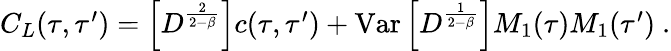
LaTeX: \begin{array}{r}{C_{L}(\tau,\tau^{\prime})=\left[D^{\frac{2}{2-\beta}}\right]c(\tau,\tau^{\prime})+\mathrm{Var}\left[D^{\frac{1}{2-\beta}}\right]M_{1}(\tau)M_{1}(\tau^{\prime})\ .}\end{array}